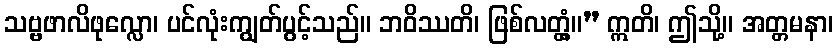
သဗ္ဗဖာလိဖုလ္လော၊ ပင်လုံးကျွတ်ပွင့်သည်။ ဘဝိဿတိ၊ ဖြစ်လတ္တံ့။” ဣတိ၊ ဤသို့။ အတ္တမနာ၊